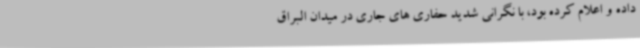
داده و اعلام کرده بود، با نگرانی شدید حفاری های جاری در میدان البراق